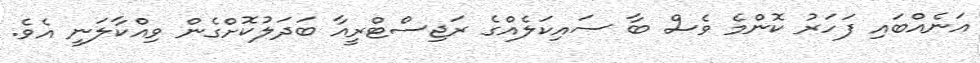
އަނެއްބައި ފަހަރު ކޮންމެ ވެސް ބާ ސައިކަލެއްގެ ރަޖިސްޓްރީއާ ބަދަލުކޮށްގެން ވިއްކާލަނީ އެވެ.